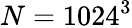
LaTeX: N=1024^{3}